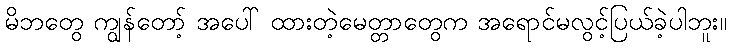
မိဘတွေ ကျွန်တော့် အပေါ် ထားတဲ့မေတ္တာတွေက အရောင်မလွင့်ပြယ်ခဲ့ပါဘူး။